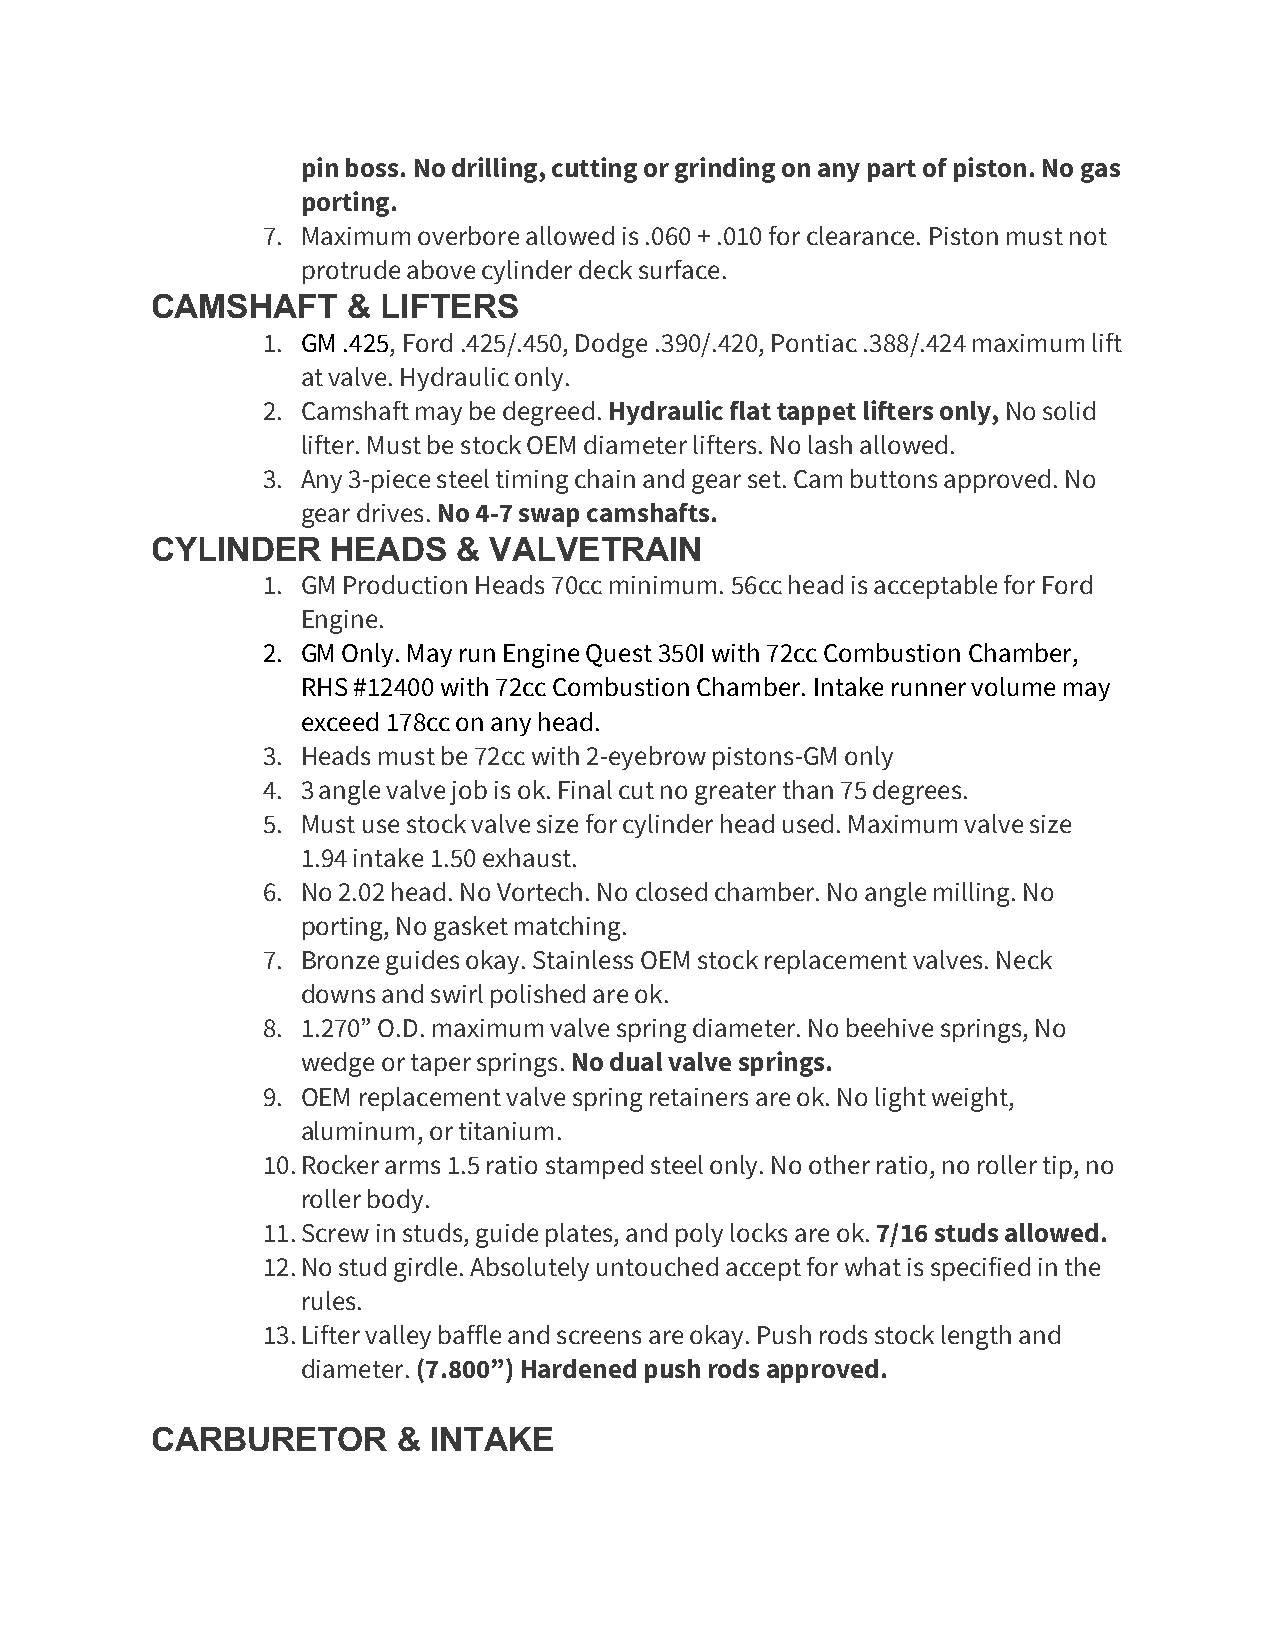
pin boss. No drilling, cutting or grinding on any part of piston. No gas
 porting.
 7. Maximum overbore allowed is .060 + .010 for clearance. Piston must not
 protrude above cylinder deck surface.
 CAMSHAFT     & LIFTERS
 1. GM .425, Ford .425/.450, Dodge .390/.420, Pontiac .388/.424 maximum lift
 at valve. Hydraulic only.
 2. Camshaft may be degreed. Hydraulic flat tappet lifters only, No solid
 lifter. Must be stock OEM diameter lifters. No lash allowed.
 3. Any 3-piece steel timing chain and gear set. Cam buttons approved. No
 gear drives. No 4-7 swap camshafts.
 CYLINDER    HEADS   & VALVETRAIN
 1. GM Production Heads 70cc minimum. 56cc head is acceptable for Ford
 Engine.
 2. GM Only. May run Engine Quest 350I with 72cc Combustion Chamber,
 RHS #12400 with 72cc Combustion Chamber. Intake runner volume may
 exceed 178cc on any head.
 3. Heads must be 72cc with 2-eyebrow pistons-GM only
 4. 3 angle valve job is ok. Final cut no greater than 75 degrees.
 5. Must use stock valve size for cylinder head used. Maximum valve size
 1.94 intake 1.50 exhaust.
 6. No 2.02 head. No Vortech. No closed chamber. No angle milling. No
 porting, No gasket matching.
 7. Bronze guides okay. Stainless OEM stock replacement valves. Neck
 downs and swirl polished are ok.
 8. 1.270” O.D. maximum valve spring diameter. No beehive springs, No
 wedge or taper springs. No dual valve springs.
 9. OEM replacement valve spring retainers are ok. No light weight,
 aluminum, or titanium.
 10. Rocker arms 1.5 ratio stamped steel only. No other ratio, no roller tip, no
 roller body.
 11. Screw in studs, guide plates, and poly locks are ok. 7/16 studs allowed.
 12. No stud girdle. Absolutely untouched accept for what is specified in the
 rules.
 13. Lifter valley baffle and screens are okay. Push rods stock length and
 diameter. (7.800”) Hardened push rods approved.
 CARBURETOR      & INTAKE